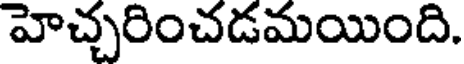
హెచ్చరించడమయింది.